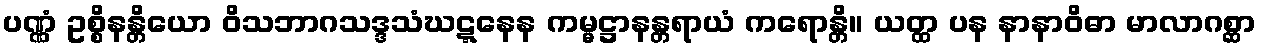
ပဏ္ဏံ ဥစ္စိနန္တိယော ဝိသဘာဂသဒ္ဒသံဃဋ္ဋနေန ကမ္မဋ္ဌာနန္တရာယံ ကရောန္တိ။ ယတ္ထ ပန နာနာဝိဓာ မာလာဂစ္ဆာ